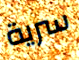
سرية